65_HS1-834228961_62-HQ-83894_Section_6
Agency: FBI
Page 130
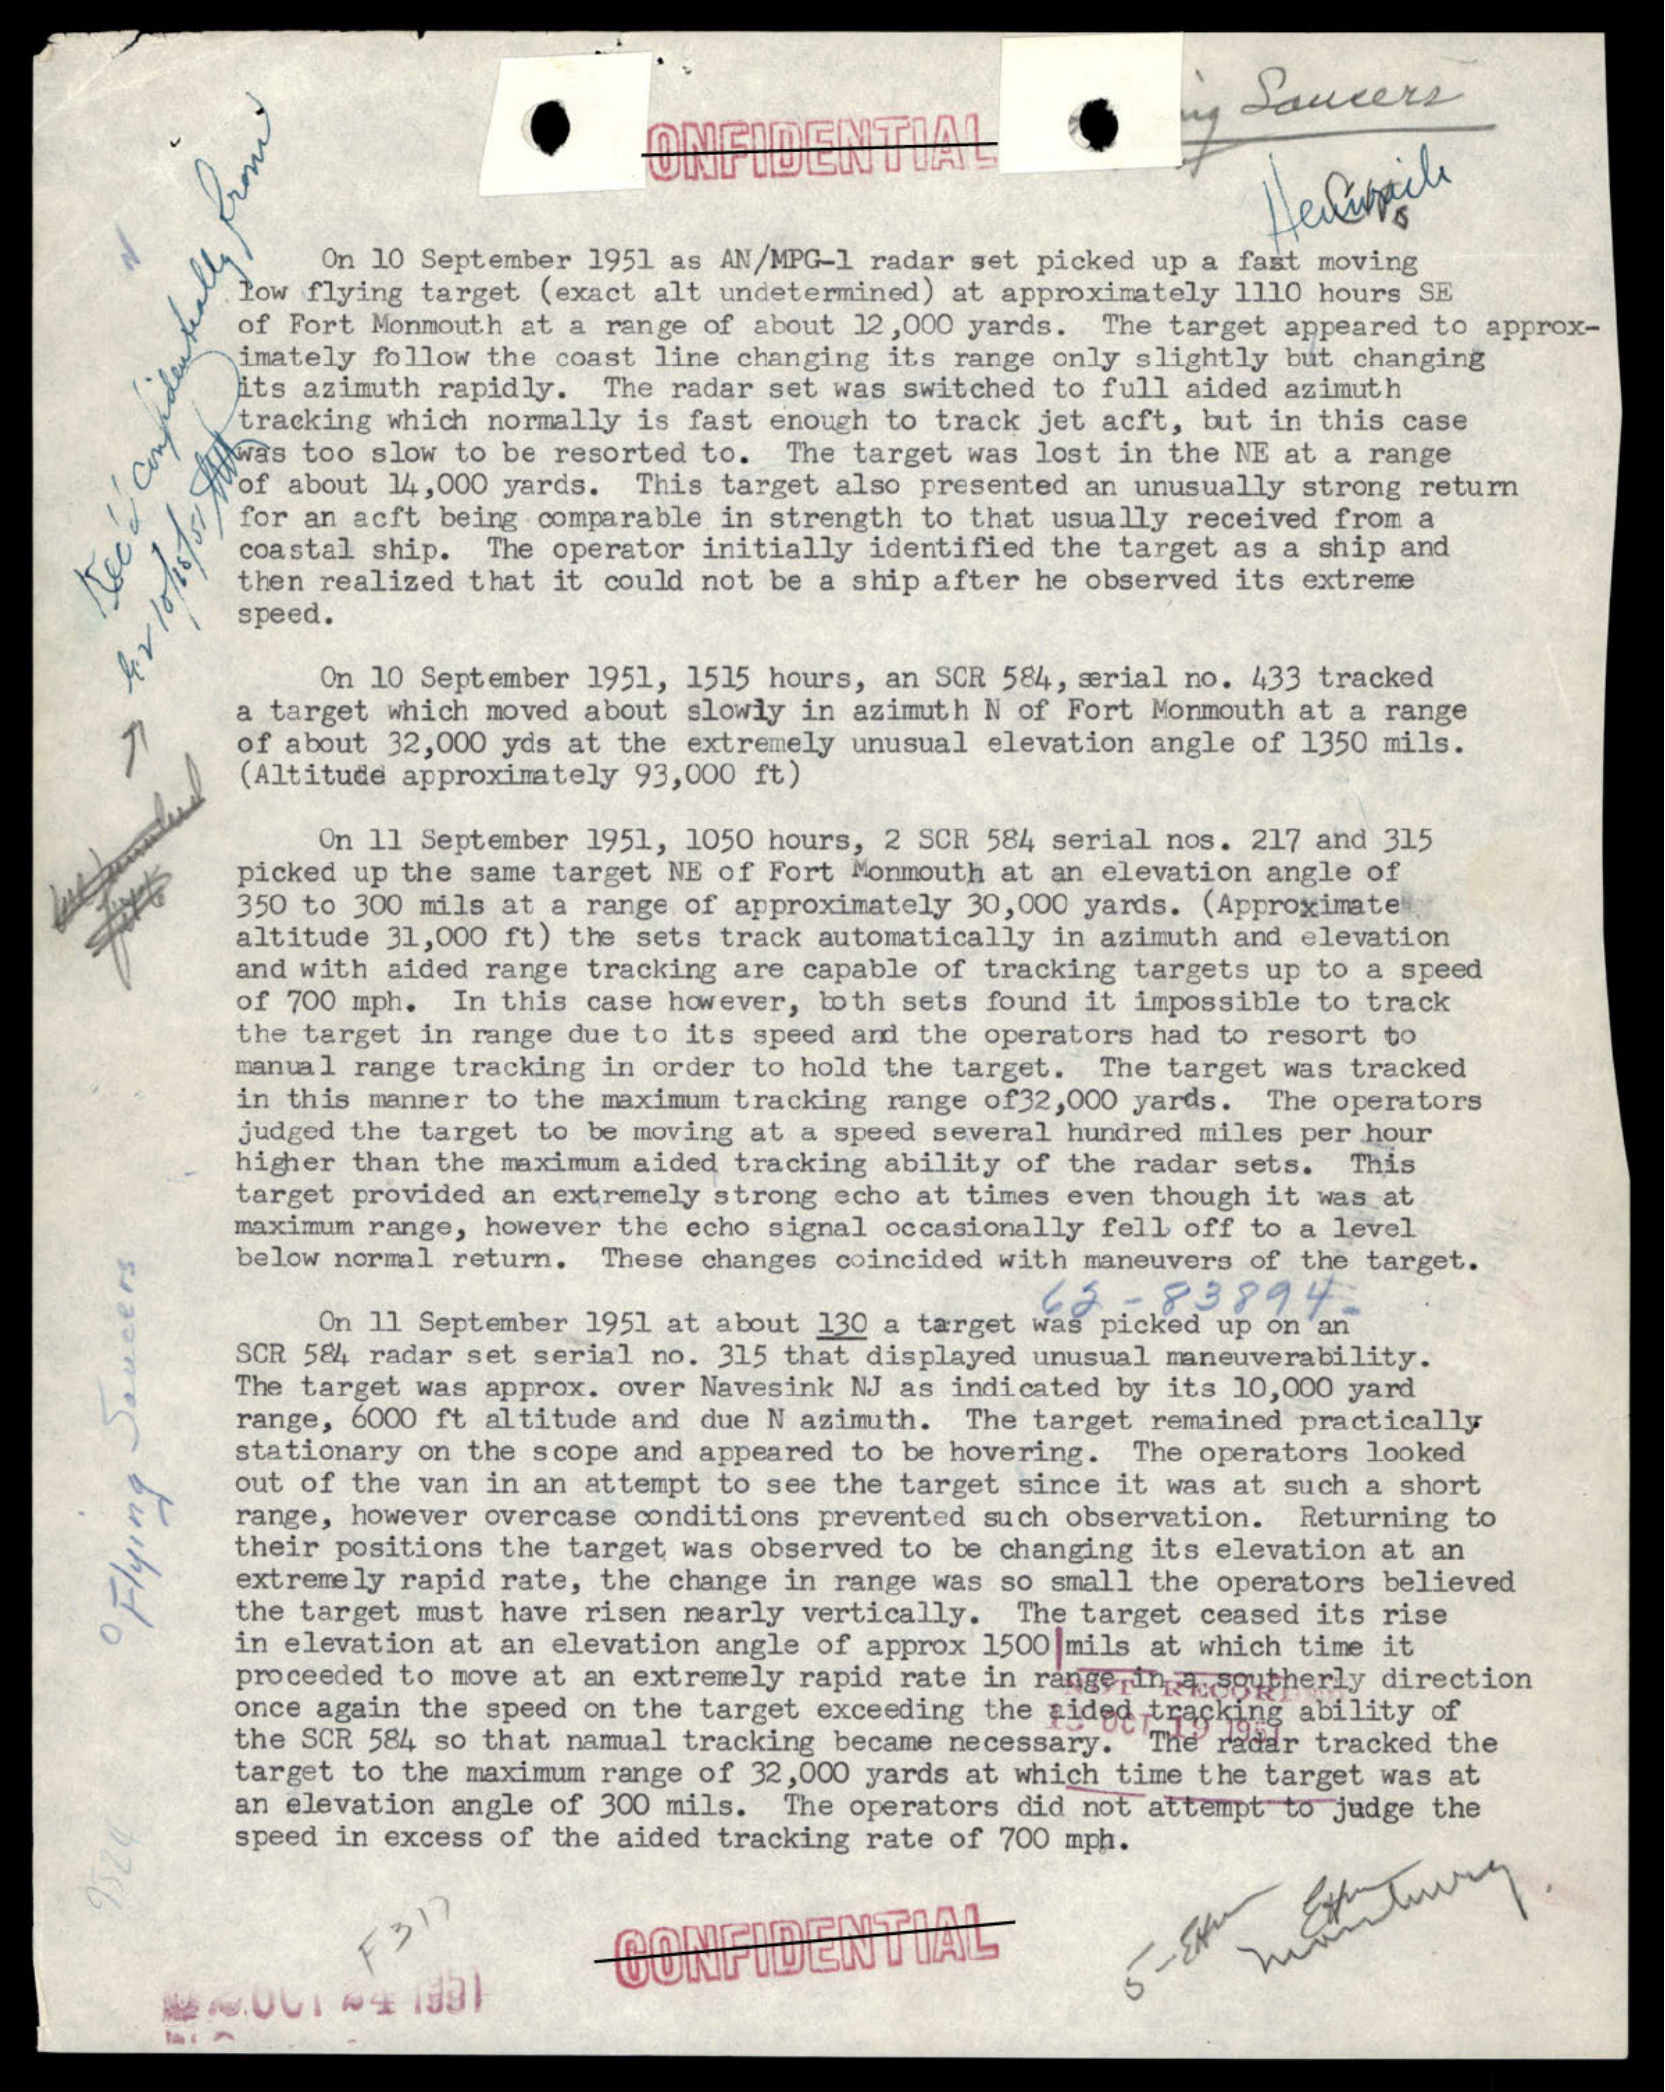